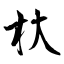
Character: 杕